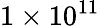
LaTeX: \mathrm{1\times 10^{11}}